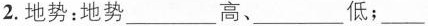
2. 地势：地势 ___ 高、___ 低；___